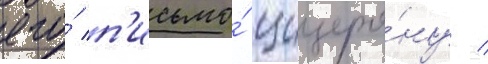
его́ п'исьмо́ цицеро́ну /